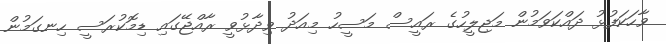
ވާހަކަފުޅު ދައްކަވަމުން މަޖިލީހުގެ ރައީސް މަސީހު މިއަދު ވިދާޅުވީ ރާއްޖޭގައި ޑިމޮކުރަސީ ހިނގަމުން